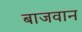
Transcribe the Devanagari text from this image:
बाजवान